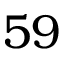
5 9